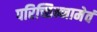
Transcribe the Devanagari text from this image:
परिच्छिन्नामेवं